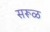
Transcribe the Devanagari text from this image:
सरूळ